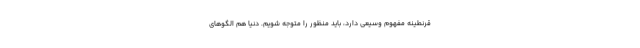
قرنطینه مفهوم وسیعی دارد، باید منظور را متوجه شویم. دنیا هم الگوهای